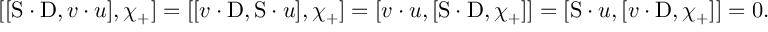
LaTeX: [ [ \mathrm { S } \cdot \mathrm { D } , v \cdot u ] , \chi _ { + } ] = [ [ v \cdot \mathrm { D } , \mathrm { S } \cdot u ] , \chi _ { + } ] = [ v \cdot u , [ \mathrm { S } \cdot \mathrm { D } , \chi _ { + } ] ] = [ \mathrm { S } \cdot u , [ v \cdot \mathrm { D } , \chi _ { + } ] ] = 0 .